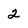
Character: 2